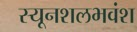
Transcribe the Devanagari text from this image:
स्यूनशलभवंश